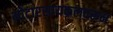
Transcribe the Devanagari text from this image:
मोटारसायकलवरून